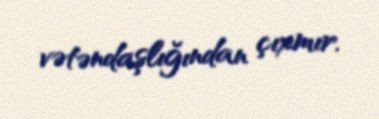
vətəndaşlığından çıxmır.